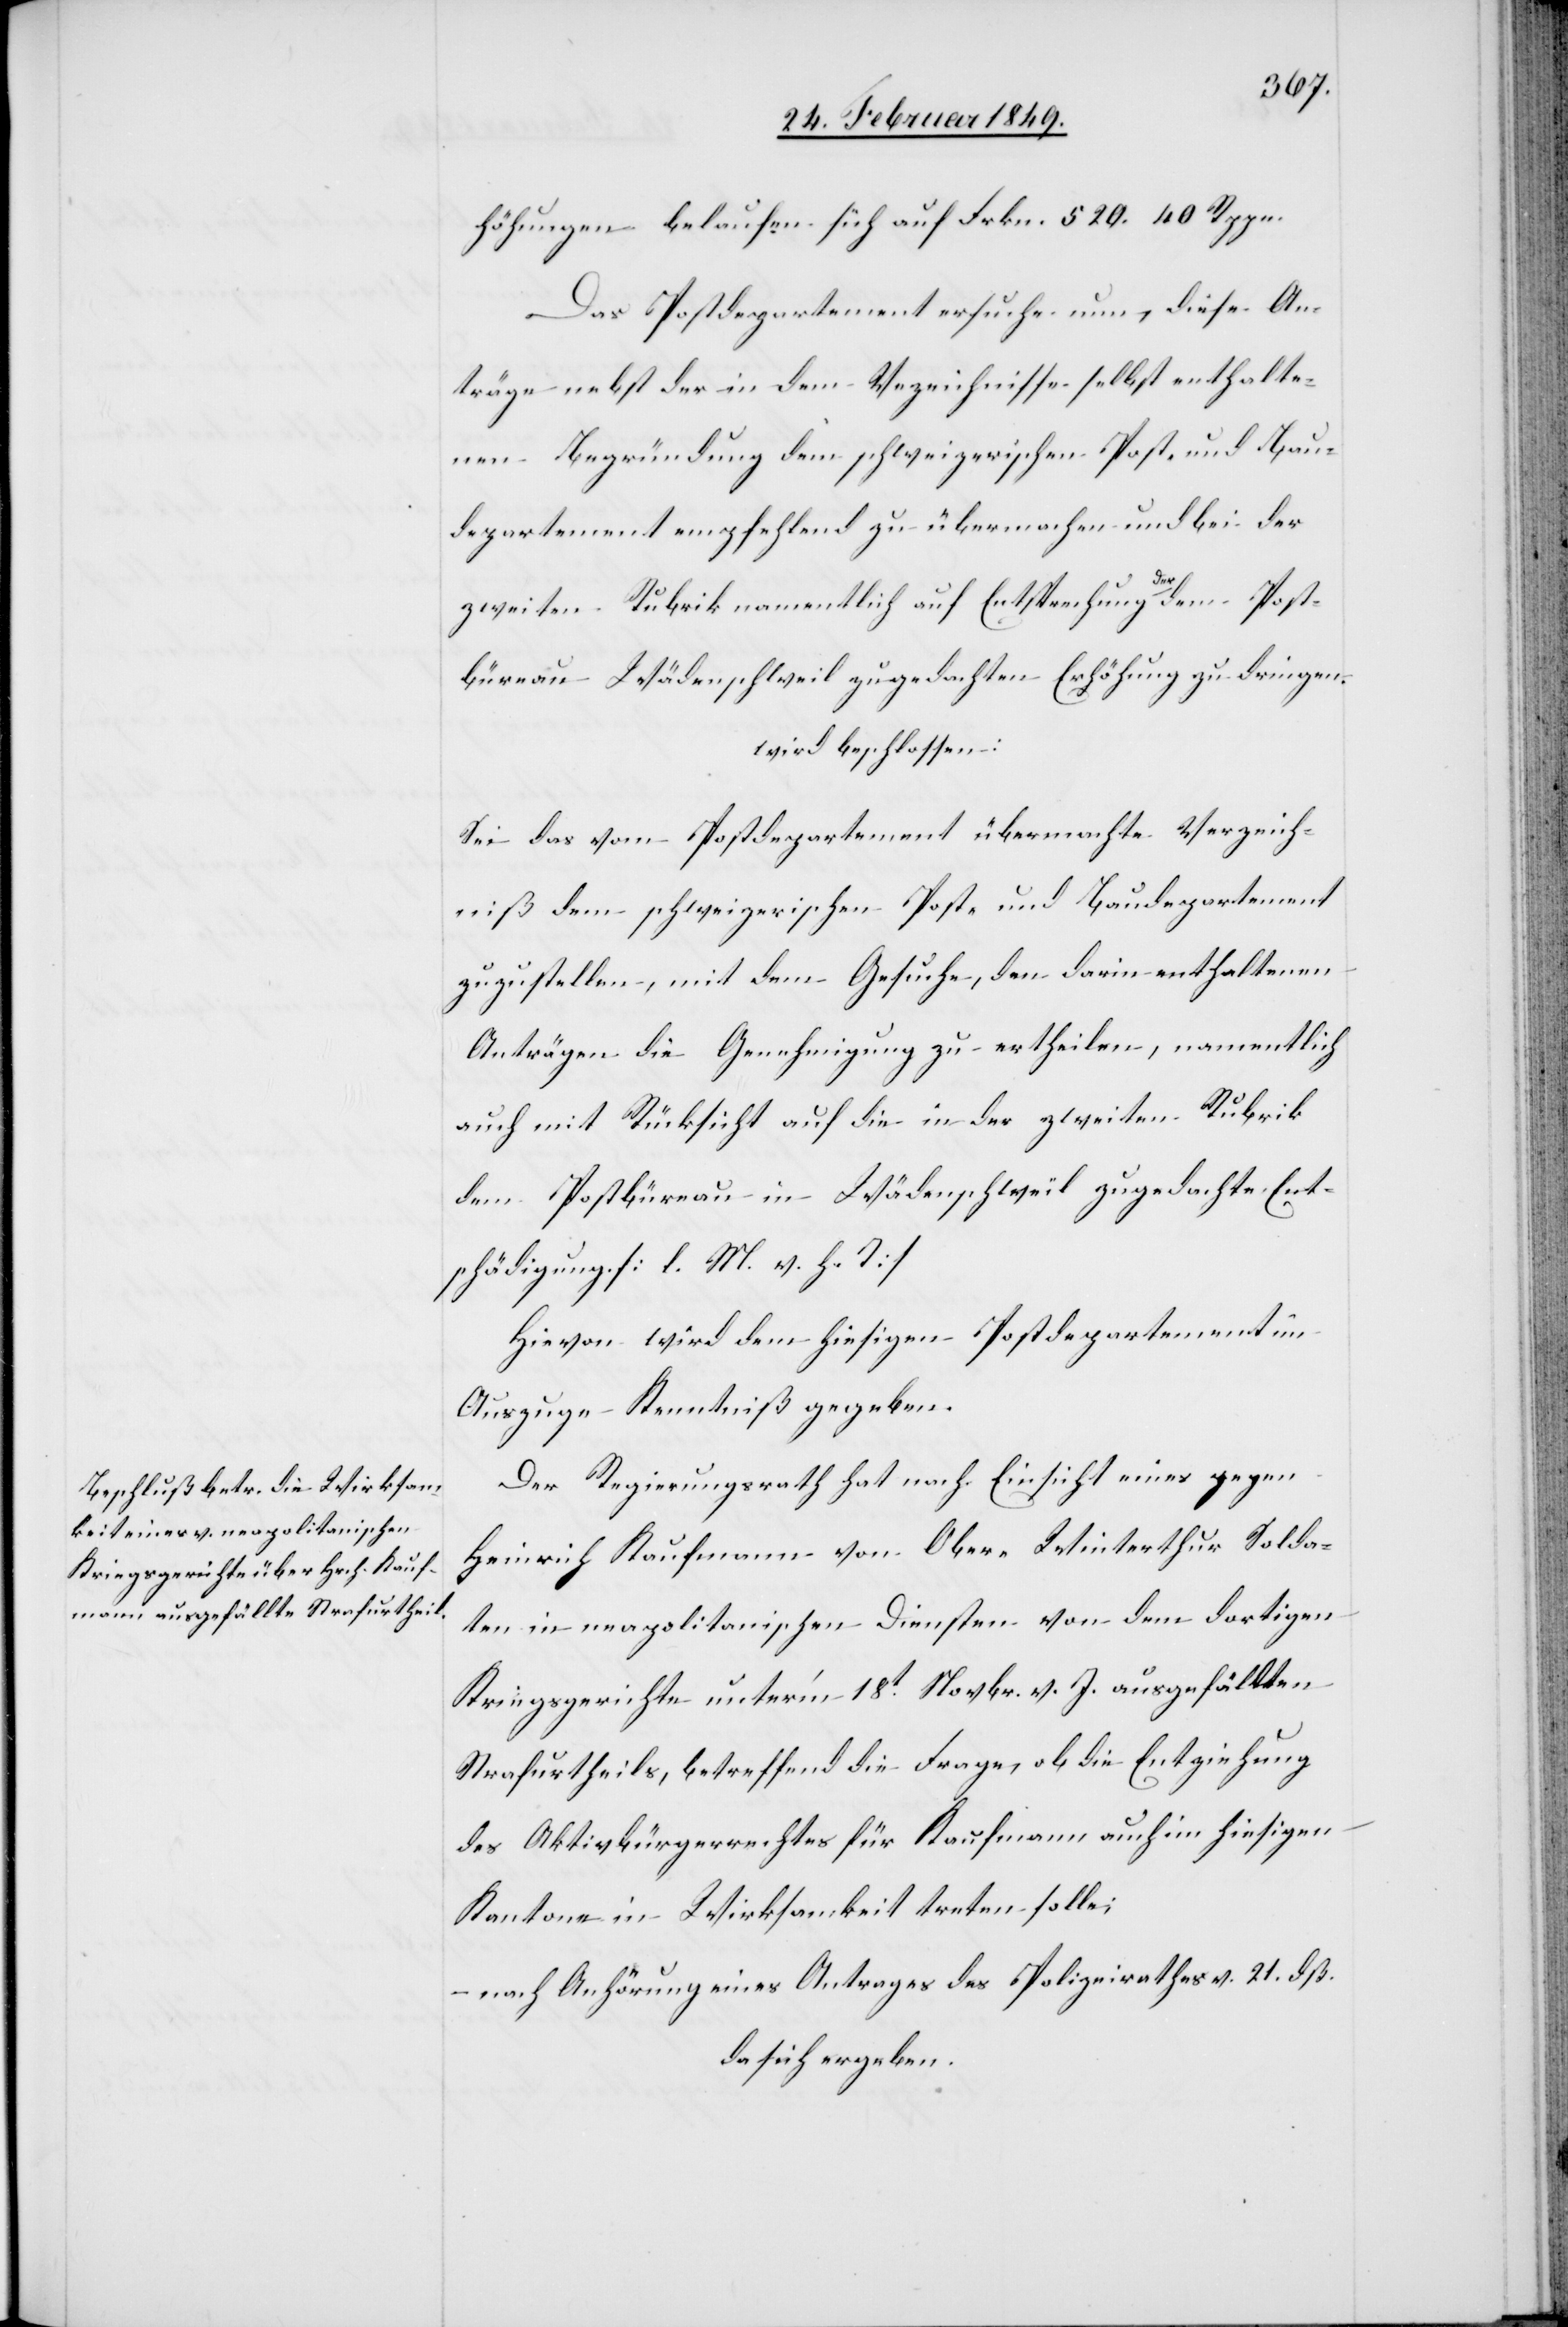
höhungen belaufen sich auf Frkn. 520. 40 Rppn.
Das Postdepartement ersuche nun, diese An¬
träge nebst der in dem Verzeichnisse selbst enthalte¬
nen Begründung dem schweizerischen Post- und Bau¬
departement empfehlend zu übermachen und bei der
zweiten Rubrik namentlich auf Entsprechung der dem Post¬
büreau Wädenschweil zugedachten Erhöhung zu dringen.
wird beschlossen:
Sei das vom Postdepartement übermachte Verzeich¬
niß dem schweizerischen Post- und Baudepartement
zuzustellen, mit dem Gesuche, den darin enthaltenen
Anträgen die Genehmigung zu ertheilen, namentlich
auch mit Rücksicht auf die in der zweiten Rubrik
dem Postbüreau in Wädenschweil zugedachte Ent¬
schädigung. [l. M. v. h. T]
Hievon wird dem hiesigen Postdepartement im
Auszuge Kenntniß gegeben.
Der Regierungsrath hat nach Einsicht eines gegen
Heinrich Kaufmann von Ober-Winterthur Solda¬
ten in neapolitanischen Diensten von dem dortigen
Kriegsgerichte unter’m 18t. Novbr. v. J. ausgefällten
Strafurtheils, betreffend die Frage, ob die Entziehung
des Aktivbürgerrechtes für Kaufmann auch im hiesigen
Kantone in Wirksamkeit treten solle;
nach Anhörung eines Antrages des Polizeirathes v. 21. dß.
da sich ergeben.